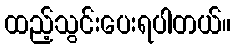
ထည့်သွင်းပေးရပါတယ်။